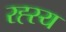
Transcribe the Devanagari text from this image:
रह्स्य